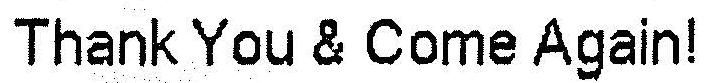
THANK YOU & COME AGAIN!